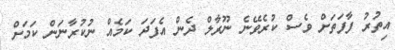
އިތުރު ފާފަތަށް ވެސް ކުރެވޭނެ ނޫރާލް ދެން އެފަދަ ކަމެއް ނުކުރާނަން ކަމަށް